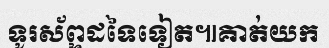
ទូរស័ព្ទដទៃទៀត៕គាត់យក